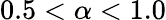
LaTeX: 0.5<\alpha<1.0